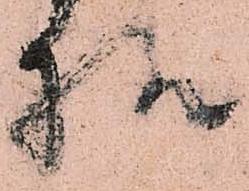
様